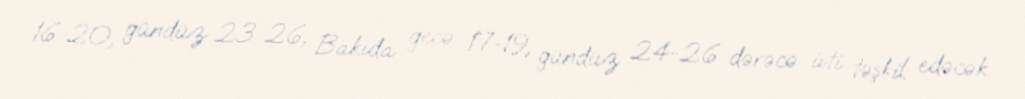
16-20, gündüz 23-26, Bakıda gecə 17-19, gündüz 24-26 dərəcə isti təşkil edəcək.